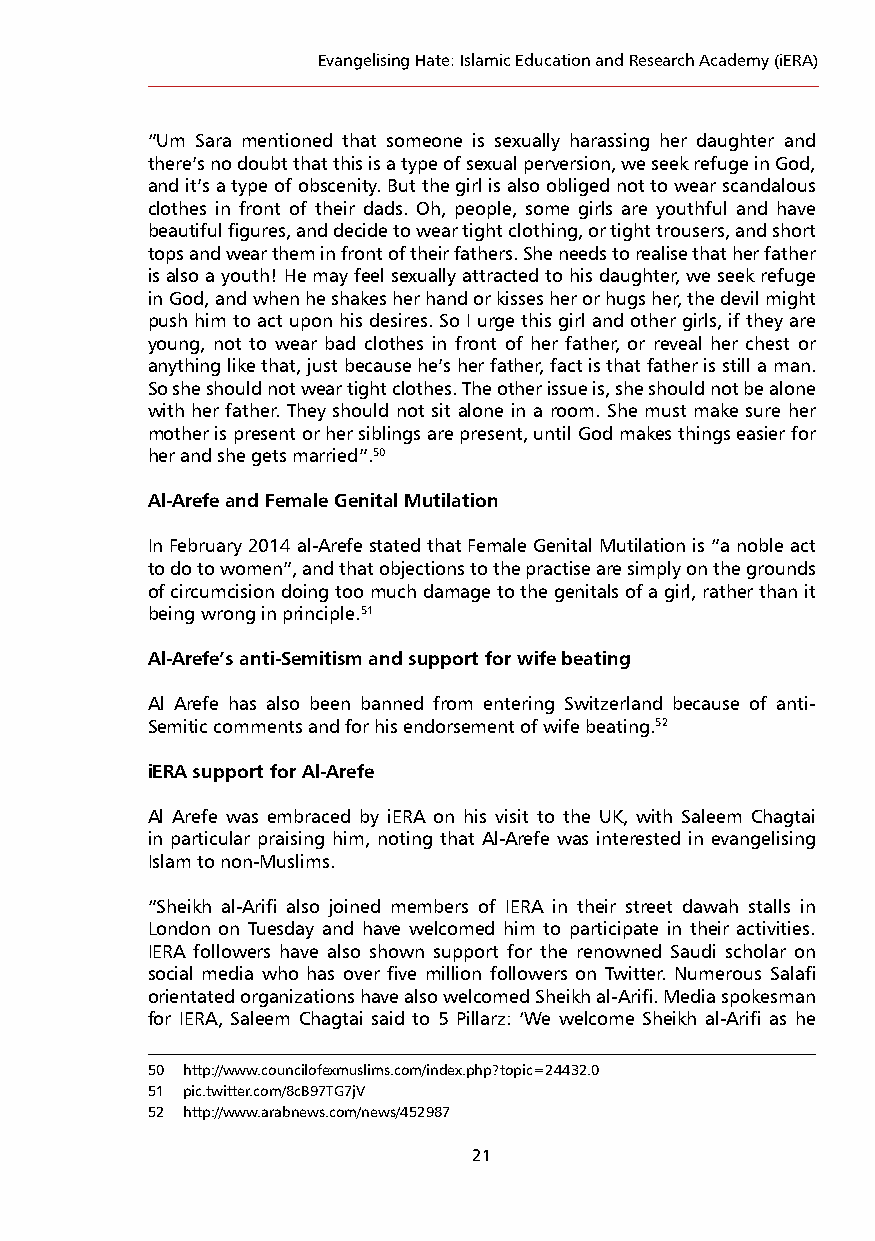
Evangelising Hate: Islamic Education and Research Academy (iERA)
 “Um Sara mentioned that someone is sexually harassing her daughter and
 there’s no doubt that this is a type of sexual perversion, we seek refuge in God,
 and it’s a type of obscenity. But the girl is also obliged not to wear scandalous
 clothes in front of their dads. Oh, people, some girls are youthful and have
 beautiful figures, and decide to wear tight clothing, or tight trousers, and short
 tops and wear them in front of their fathers. She needs to realise that her father
 is also a youth! He may feel sexually attracted to his daughter, we seek refuge
 in God, and when he shakes her hand or kisses her or hugs her, the devil might
 push him to act upon his desires. So I urge this girl and other girls, if they are
 young, not to wear bad clothes in front of her father, or reveal her chest or
 anything like that, just because he’s her father, fact is that father is still a man.
 So she should not wear tight clothes. The other issue is, she should not be alone
 with her father. They should not sit alone in a room. She must make sure her
 mother is present or her siblings are present, until God makes things easier for
 her and she gets married”.50
 Al-Arefe and Female Genital Mutilation
 In February 2014 al-Arefe stated that Female Genital Mutilation is “a noble act
 to do to women”, and that objections to the practise are simply on the grounds
 of circumcision doing too much damage to the genitals of a girl, rather than it
 being wrong in principle.51
 Al-Arefe’s anti-Semitism and support for wife beating
 Al Arefe has also been banned from entering Switzerland because of anti-
 Semitic comments and for his endorsement of wife beating.52
 iERA support for Al-Arefe
 Al Arefe was embraced by iERA on his visit to the UK, with Saleem Chagtai
 in particular praising him, noting that Al-Arefe was interested in evangelising
 Islam to non-Muslims.
 “Sheikh al-Arifi also joined members of IERA in their street dawah stalls in
 London on Tuesday and have welcomed him to participate in their activities.
 IERA followers have also shown support for the renowned Saudi scholar on
 social media who has over five million followers on Twitter. Numerous Salafi
 orientated organizations have also welcomed Sheikh al-Arifi. Media spokesman
 for IERA, Saleem Chagtai said to 5 Pillarz: ‘We welcome Sheikh al-Arifi as he
 50 http://www.councilofexmuslims.com/index.php?topic=24432.0
 51 pic.twitter.com/8cB97TG7jV
 52 http://www.arabnews.com/news/452987
 21